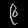
Digit: ၉